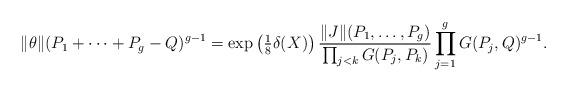
LaTeX: \begin{align*}\|\theta\|(P_{1}+\dots+P_{g}-Q)^{g-1}=\exp\left(\tfrac{1}{8}\delta(X)\right)\frac{\|J\|(P_{1},\dots,P_{g})}{\prod_{j<k}G(P_{j},P_{k})}\prod_{j=1}^gG(P_{j},Q)^{g-1}.\end{align*}